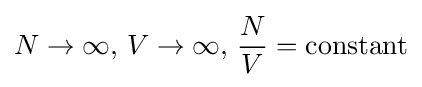
N\to \infty ,\,V\to \infty ,\,{\frac {N}{V}}={\text{constant}}